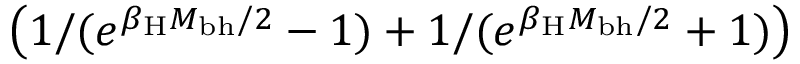
\left( 1 / ( e ^ { \beta _ { \mathrm { H } } M _ { \mathrm { b h } } / 2 } - 1 ) + 1 / ( e ^ { \beta _ { \mathrm { H } } M _ { \mathrm { b h } } / 2 } + 1 ) \right)